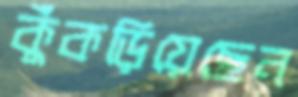
কুঁকড়িয়েছেন